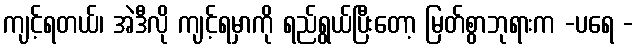
ကျင့်ရတယ်၊ အဲဒီလို ကျင့်ရမှာကို ရည်ရွယ်ပြီးတော့ မြတ်စွာဘုရားက -ပရေ -